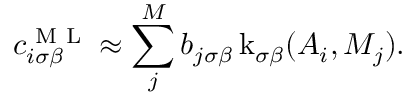
c _ { i \sigma \beta } ^ { \textrm { M L } } \approx \sum _ { j } ^ { M } b _ { j \sigma \beta } \operatorname { k } _ { \sigma \beta } ( A _ { i } , M _ { j } ) .